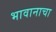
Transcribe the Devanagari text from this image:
भावानाचा